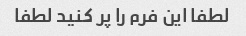
لطفا این فرم را پر کنید لطفا